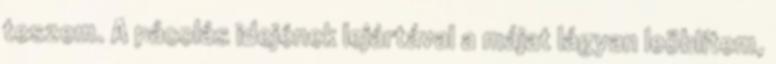
teszem. A pácolás idejének lejártával a májat lágyan leöblítem,